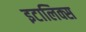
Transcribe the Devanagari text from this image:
इटालिक्स